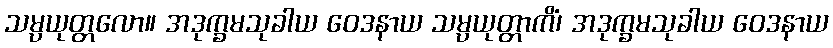
သမ္ပယုတ္တလော။ အဒုက္ခမသုခါယ ဝေဒနာယ သမ္ပယုတ္တာကိံ၊ အဒုက္ခမသုခါယ ဝေဒနာယ